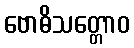
ဗောဓိသတ္တောဝ